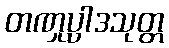
တဏှုပ္ပါဒသုတ္တ